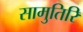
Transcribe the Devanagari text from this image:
सामुतिरि